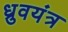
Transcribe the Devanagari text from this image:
ध्रुवयंत्र